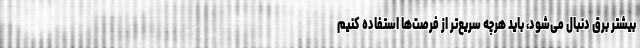
بیشتر برق دنبال می‌شود، باید هرچه سریع‌تر از فرصت‌ها استفاده کنیم